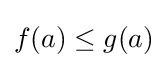
f(a)\leq g(a)